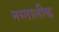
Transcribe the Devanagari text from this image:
नस्तालीक